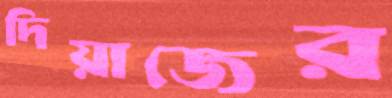
দিয়াজের